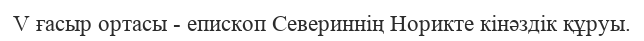
V ғасыр ортасы - епископ Севериннің Норикте кінәздік құруы.